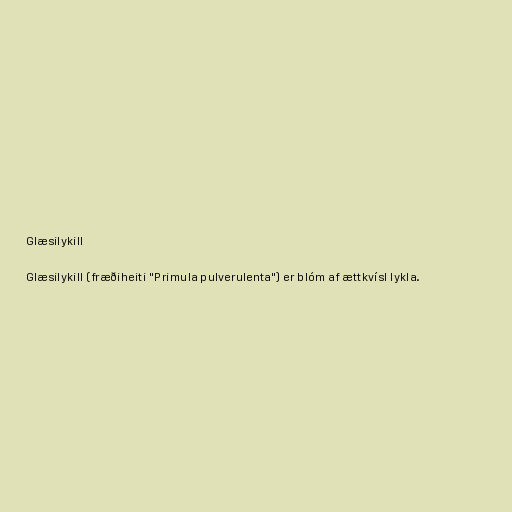
Glæsilykill

Glæsilykill (fræðiheiti "Primula pulverulenta") er blóm af ættkvísl lykla.